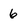
Character: 6